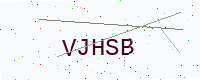
Text: VJHSB